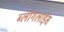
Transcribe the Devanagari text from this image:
ब्लॉगलाईंस